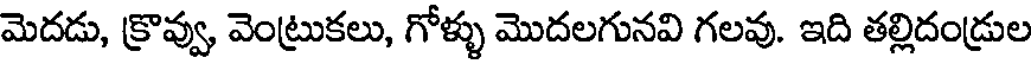
మెదడు, క్రొవ్వు, వెంట్రుకలు, గోళ్ళు మొదలగునవి గలవు. ఇది తల్లిదండ్రుల